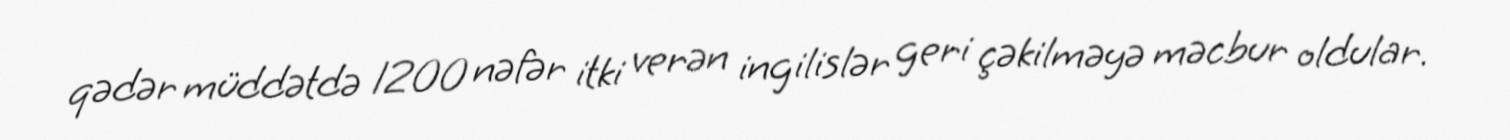
qədər müddətdə 1200 nəfər itki verən ingilislər geri çəkilməyə məcbur oldular.